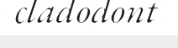
cladodont